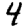
Digit: 4